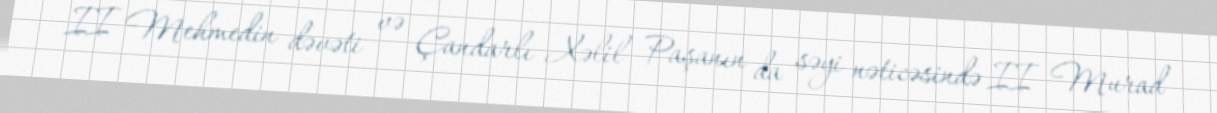
II Mehmedin dəvəti və Çandarlı Xəlil Paşanın da səyi nəticəsində II Murad